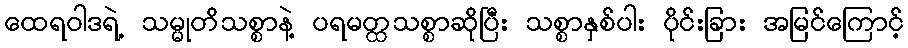
ထေရဝါဒရဲ့ သမ္မုတိသစ္စာနဲ့ ပရမတ္ထသစ္စာဆိုပြီး သစ္စာနှစ်ပါး ပိုင်းခြား အမြင်ကြောင့်